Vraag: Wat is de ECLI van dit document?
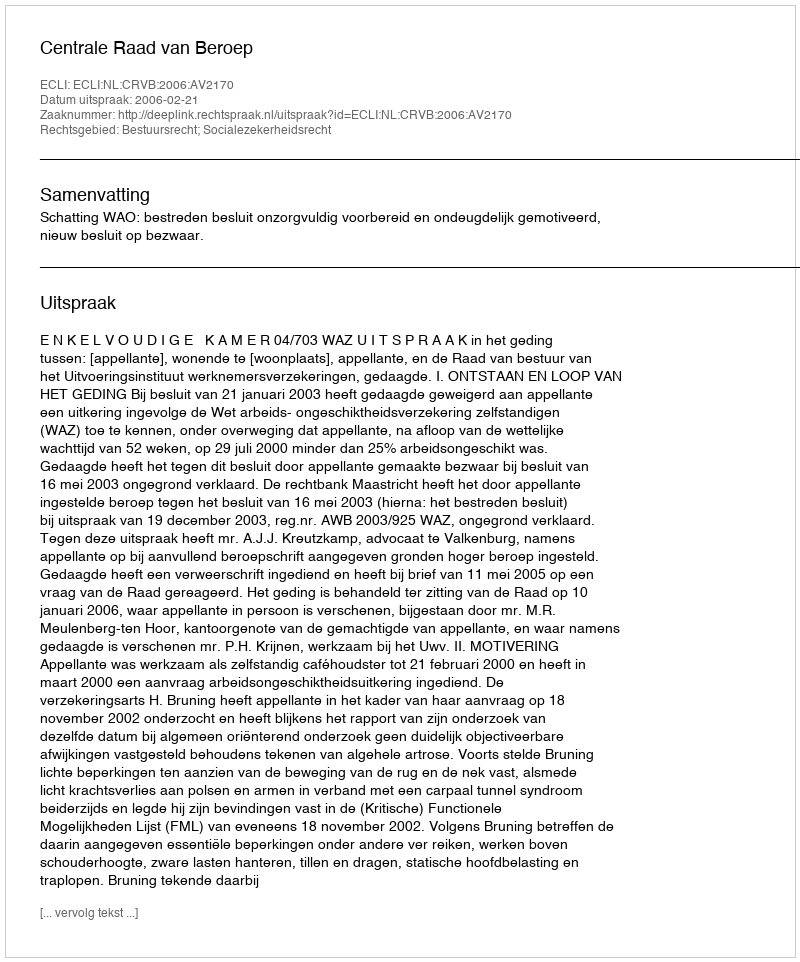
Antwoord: ECLI:NL:CRVB:2006:AV2170